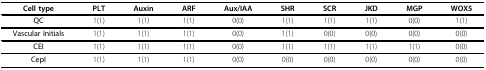
<table><thead><tr><td><b>Cell type</b></td><td><b>PLT</b></td><td><b>Auxin</b></td><td><b>ARF</b></td><td><b>Aux/IAA</b></td><td><b>SHR</b></td><td><b>SCR</b></td><td><b>JKD</b></td><td><b>MGP</b></td><td><b>WOX5</b></td></tr></thead><tbody><tr><td><b>QC</b></td><td>1(1)</td><td>1(1)</td><td>1(1)</td><td>0(0)</td><td>1(1)</td><td>1(1)</td><td>1(1)</td><td>0(0)</td><td>1(1)</td></tr><tr><td><b>Vascular Initials</b></td><td>1(1)</td><td>1(1)</td><td>1(1)</td><td>0(0)</td><td>1(1)</td><td>0(0)</td><td>0(0)</td><td>0(0)</td><td>0(0)</td></tr><tr><td><b>CEI</b></td><td>1(1)</td><td>1(1)</td><td>1(1)</td><td>0(0)</td><td>1(1)</td><td>1(1)</td><td>1(1)</td><td>1(1)</td><td>0(0)</td></tr><tr><td><b>CepI</b></td><td>1(1)</td><td>1(1)</td><td>1(1)</td><td>0(0)</td><td>0(0)</td><td>0(0)</td><td>0(0)</td><td>0(0)</td><td>0(0)</td></tr></tbody></table>